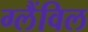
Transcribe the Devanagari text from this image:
ग्लैंविल